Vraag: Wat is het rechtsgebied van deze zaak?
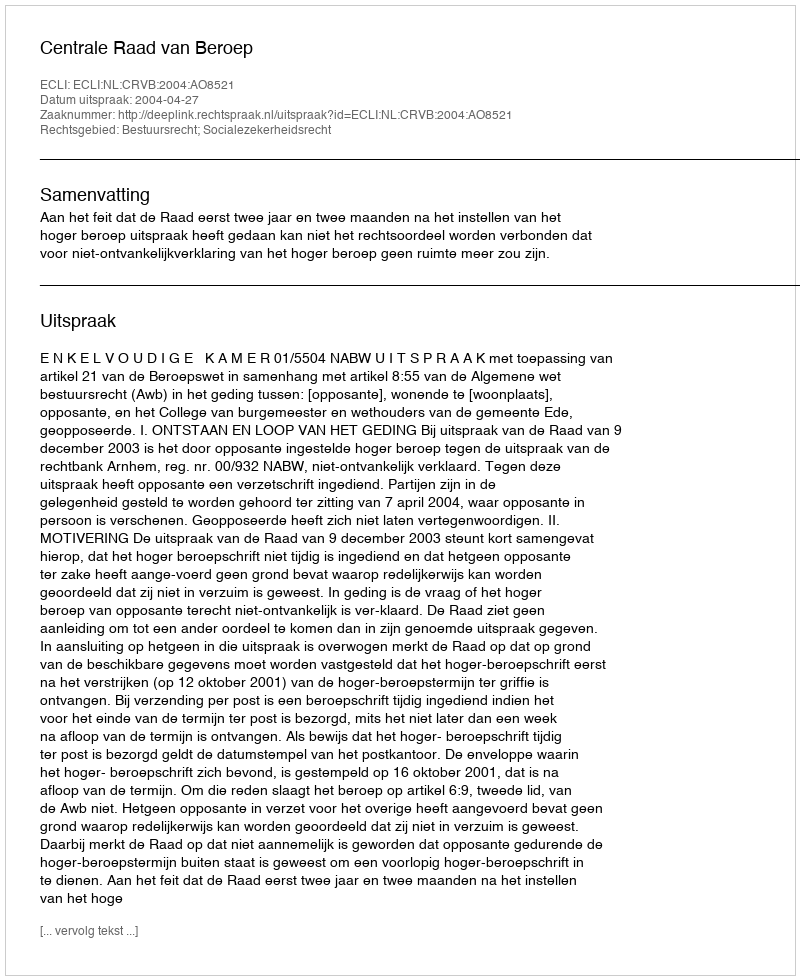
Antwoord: Bestuursrecht; Socialezekerheidsrecht